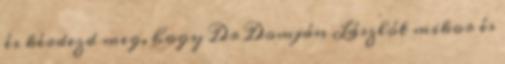
és kérdezd meg, hogy Dr Domján Lászlót mikor és